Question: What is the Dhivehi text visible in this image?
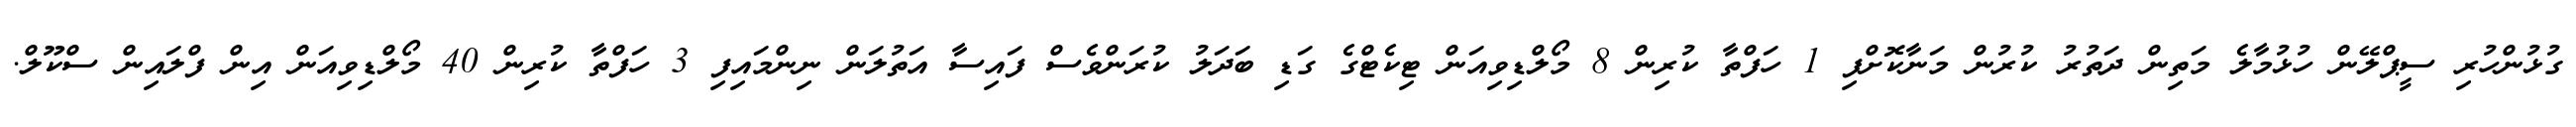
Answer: ގުޅުންހުރި ސީޕްލޭން ހުޅުމާލެ މަތިން ދަތުރު ކުރުން މަނާކޮށްފި 1 ހަފްތާ ކުރިން 8 މޯލްޑިވިއަން ޓިކެޓްގެ ގަޑި ބަދަލު ކުރަންވެސް ފައިސާ އަތުލަން ނިންމައިފި 3 ހަފްތާ ކުރިން 40 މޯލްޑިވިއަން އިން ފްލައިން ސްކޫލް.